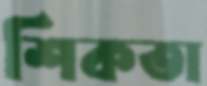
শিকতা